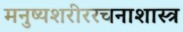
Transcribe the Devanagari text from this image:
मनुष्यशरीररचनाशास्त्र